Vaccination Hyderabad 1872-1889 - 1872-1889
Year: 1872
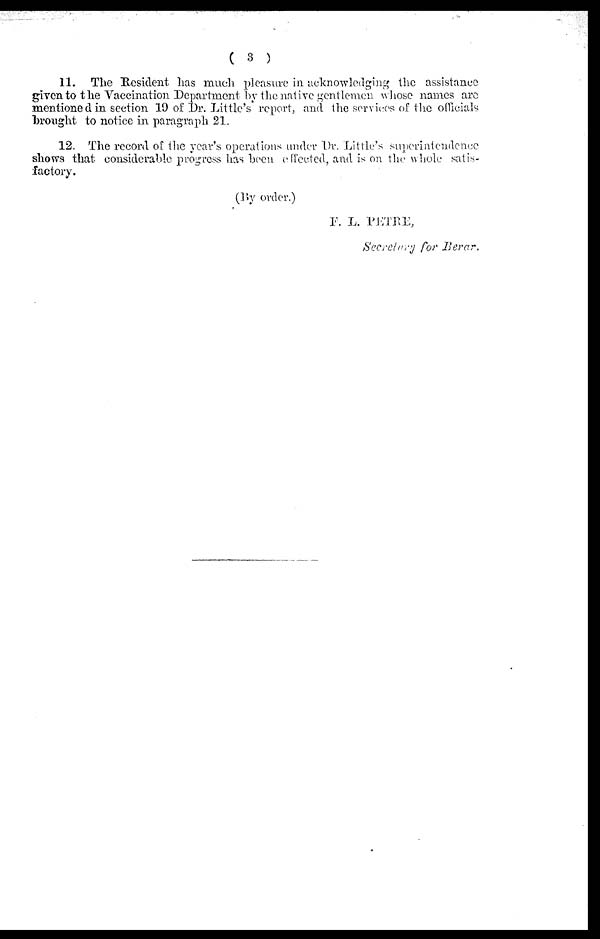
( 3 )
11. The Resident has much pleasure in acknowledging the assistance
given to the Vaccination Department by the native gentlemen whose names are
mentioned in section 19 of Dr. Little's report, and the services of the officials
brought to notice in paragraph 21.
12. The record of the year's operations under Dr. Little's superintendence
shows that considerable progress has been effected, and is on the whole satis-
factory.
(By order.)
F. L. PETRE,
Secretary for Berar.